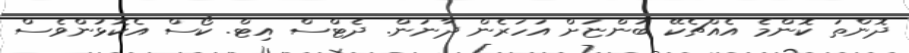
ދޮންތަ ކޮންމެ އެއްޗެކޭ ބުންޏަށް އަހަރެން ދާނަން. ދެޓްސް އިޓް. ކޯސް އެކޮޅުންވެސް